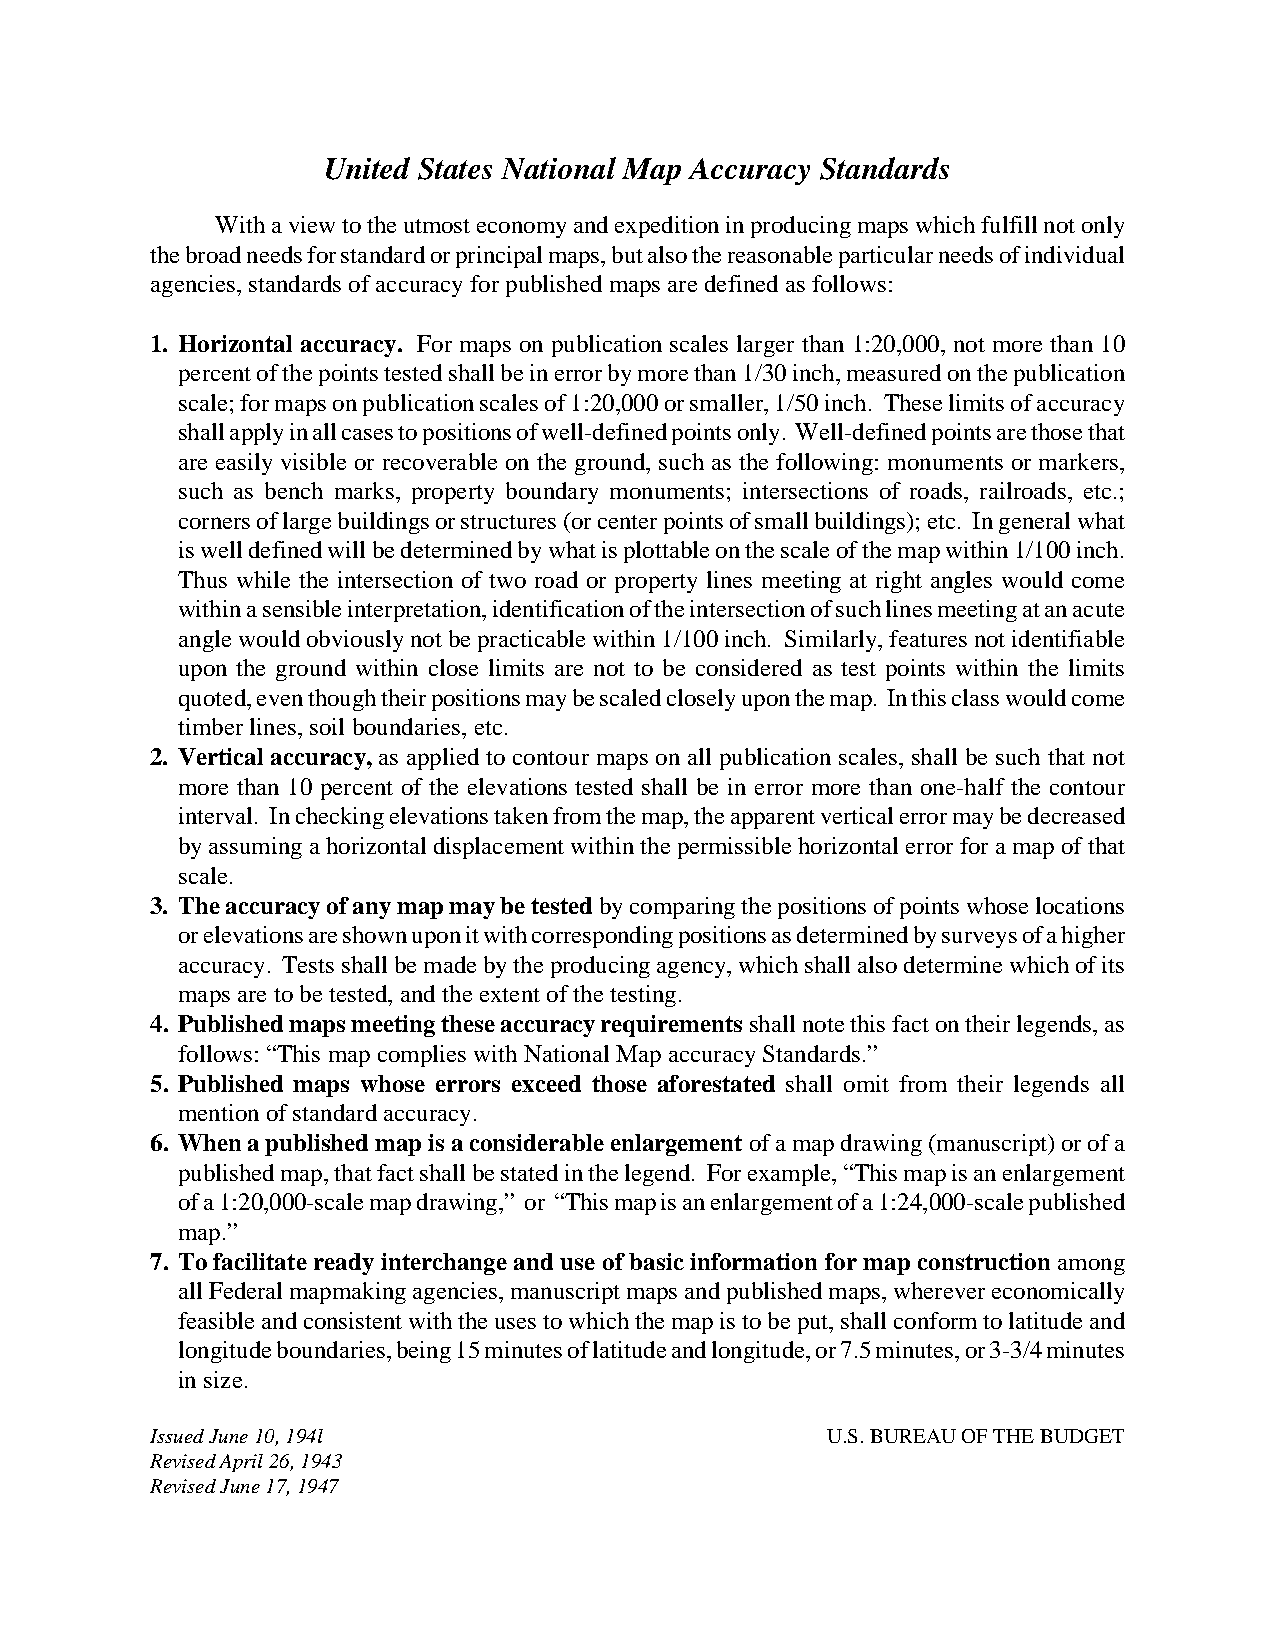
United States National Map Accuracy Standards
 With a view to the utmost economy and expedition in producing maps which fulfill not only
 the broad needs for standard or principal maps, but also the reasonable particular needs of individual
 agencies, standards of accuracy for published maps are defined as follows:
 1. Horizontal accuracy. For maps on publication scales larger than 1:20,000, not more than 10
 percent of the points tested shall be in error by more than 1/30 inch, measured on the publication
 scale; for maps on publication scales of 1:20,000 or smaller, 1/50 inch. These limits of accuracy
 shall apply in all cases to positions of well-defined points only. Well-defined points are those that
 are easily visible or recoverable on the ground, such as the following: monuments or markers,
 such as bench marks, property boundary monuments; intersections of roads, railroads, etc.;
 corners of large buildings or structures (or center points of small buildings); etc. In general what
 is well defined will be determined by what is plottable on the scale of the map within 1/100 inch.
 Thus while the intersection of two road or property lines meeting at right angles would come
 within a sensible interpretation, identification of the intersection of such lines meeting at an acute
 angle would obviously not be practicable within 1/100 inch. Similarly, features not identifiable
 upon the ground within close limits are not to be considered as test points within the limits
 quoted, even though their positions may be scaled closely upon the map. In this class would come
 timber lines, soil boundaries, etc.
 2. Vertical accuracy, as applied to contour maps on all publication scales, shall be such that not
 more than 10 percent of the elevations tested shall be in error more than one-half the contour
 interval. In checking elevations taken from the map, the apparent vertical error may be decreased
 by assuming a horizontal displacement within the permissible horizontal error for a map of that
 scale.
 3. The accuracy of any map may be tested by comparing the positions of points whose locations
 or elevations are shown upon it with corresponding positions as determined by surveys of a higher
 accuracy. Tests shall be made by the producing agency, which shall also determine which of its
 maps are to be tested, and the extent of the testing.
 4. Published maps meeting these accuracy requirements shall note this fact on their legends, as
 follows: “This map complies with National Map accuracy Standards.”
 5. Published maps whose errors exceed those aforestated shall omit from their legends all
 mention of standard accuracy.
 6. When a published map is a considerable enlargement of a map drawing (manuscript) or of a
 published map, that fact shall be stated in the legend. For example, “This map is an enlargement
 of a 1:20,000-scale map drawing,” or “This map is an enlargement of a 1:24,000-scale published
 map.”
 7. To facilitate ready interchange and use of basic information for map construction among
 all Federal mapmaking agencies, manuscript maps and published maps, wherever economically
 feasible and consistent with the uses to which the map is to be put, shall conform to latitude and
 longitude boundaries, being 15 minutes of latitude and longitude, or 7.5 minutes, or 3-3/4 minutes
 in size.
 Issued June 10, 194l                         U.S. BUREAU OF THE BUDGET
 Revised April 26, 1943
 Revised June 17, 1947